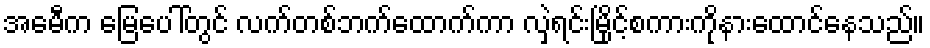
အေမီက မြေပေါ်တွင် လက်တစ်ဘက်ထောက်ကာ လှဲရင်းမြိုင့်စကားကိုနားထောင်နေသည်။